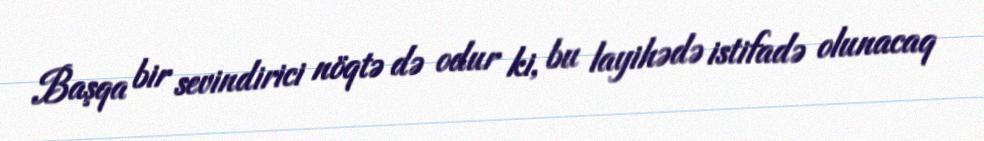
Başqa bir sevindirici nöqtə də odur ki, bu layihədə istifadə olunacaq